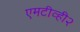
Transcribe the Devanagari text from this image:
एमटीव्ही२